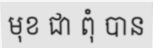
មុខ ជា ពុំ បាន